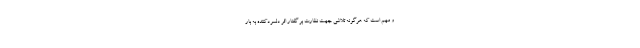
و مهم است که هرگونه تلاشی جهت نظارت بر گفتار اثر دلسردکننده به بار